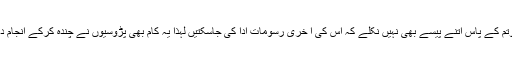
گوتم کے پاس اتنے پیسے بھی نہیں نکلے کہ اس کی آ خری رسومات ادا کی جاسکتیں لہذا یہ کام بھی پڑوسیوں نے چندہ کرکے انجام دیا۔